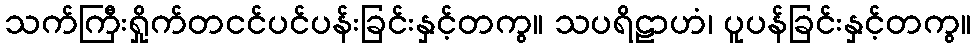
သက်ကြီးရှိုက်တငင်ပင်ပန်းခြင်းနှင့်တကွ။ သပရိဠာဟံ၊ ပူပန်ခြင်းနှင့်တကွ။